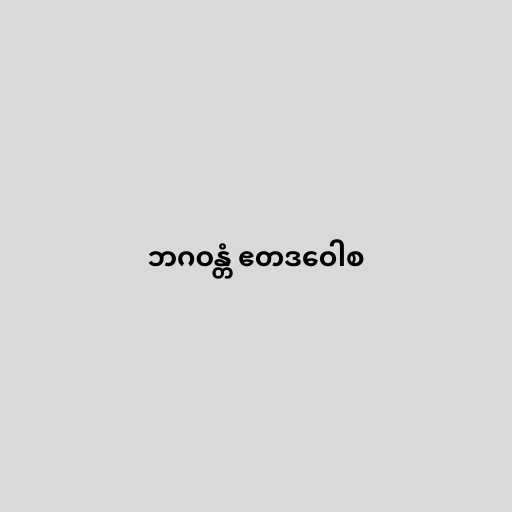
ဘဂဝန္တံ ဧတဒဝေါစ